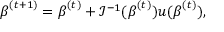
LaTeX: { \boldsymbol { \beta } } ^ { ( t + 1 ) } = { \boldsymbol { \beta } } ^ { ( t ) } + { \mathcal { I } } ^ { - 1 } ( { \boldsymbol { \beta } } ^ { ( t ) } ) u ( { \boldsymbol { \beta } } ^ { ( t ) } ) ,